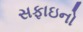
સફાઇનો